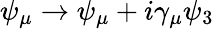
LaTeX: \psi_{\mu}\rightarrow\psi_{\mu}+i\gamma_{\mu}\psi_{3}